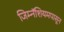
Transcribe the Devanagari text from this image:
जिम्नॅशियमपासून